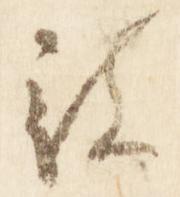
被